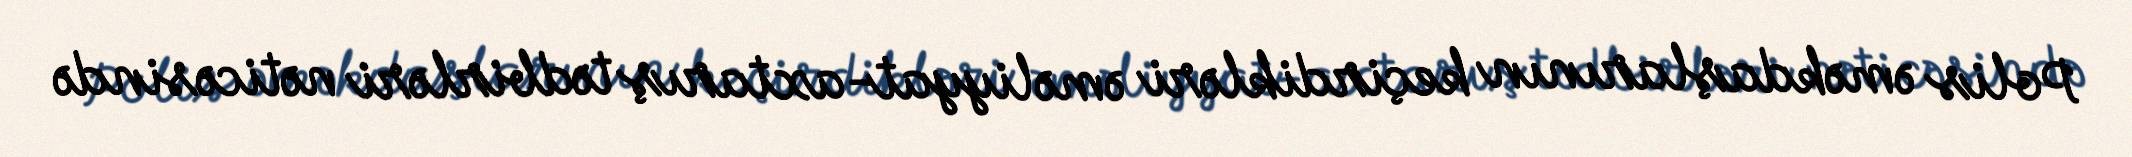
Polis əməkdaşlarının keçirdikləri əməliyyat-axtarış tədbirləri nəticəsində